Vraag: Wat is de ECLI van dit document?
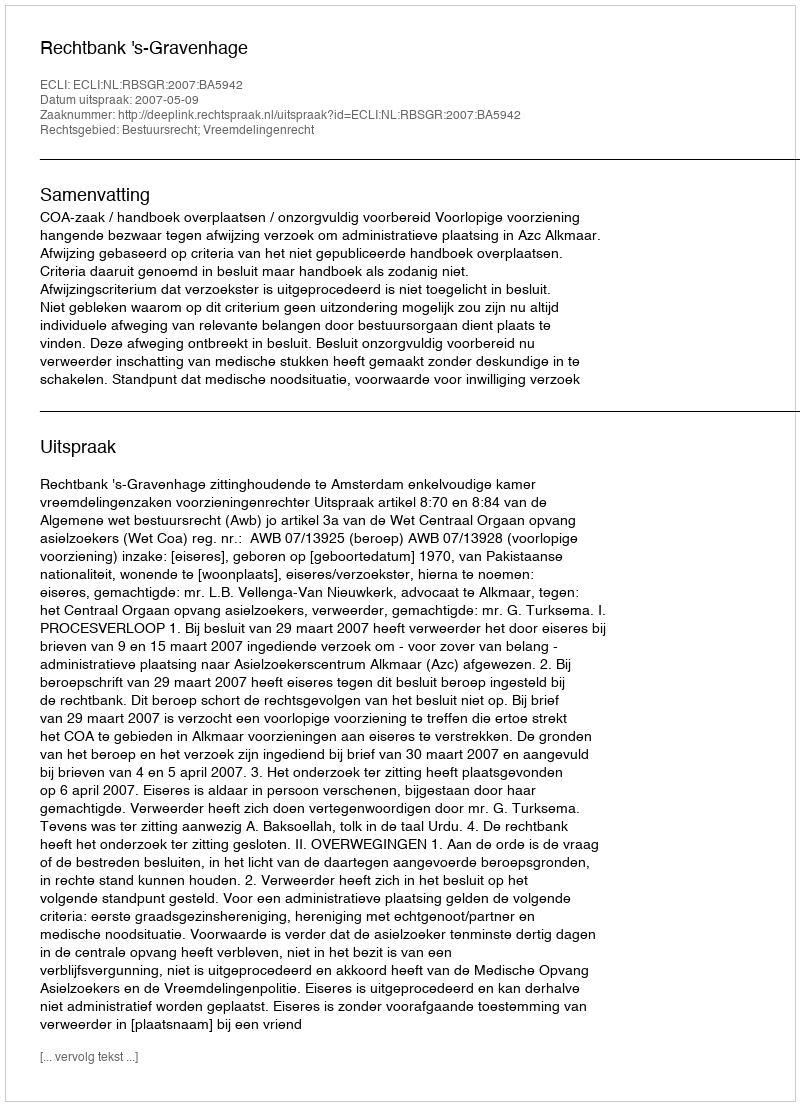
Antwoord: ECLI:NL:RBSGR:2007:BA5942